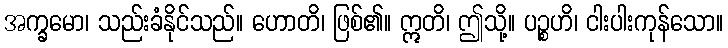
အက္ခမော၊ သည်းခံနိုင်သည်။ ဟောတိ၊ ဖြစ်၏။ ဣတိ၊ ဤသို့။ ပဉ္စဟိ၊ ငါးပါးကုန်သော။